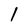
Character: l